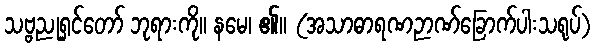
သဗ္ဗညုရှင်တော် ဘုရားကို။ နမေ၊ ၏။ (အသာဓာရဏဉာဏ်ခြောက်ပါးသရုပ်)